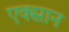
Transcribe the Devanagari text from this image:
एक्सान